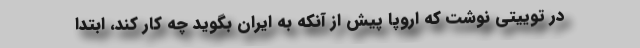
در توییتی نوشت که اروپا پیش از آنکه به ایران بگوید چه کار کند، ابتدا